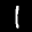
Label: 1